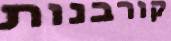
קורבנות